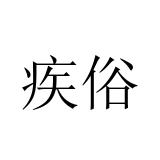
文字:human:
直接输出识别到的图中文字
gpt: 疾俗